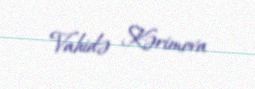
Vahidə Kərimova